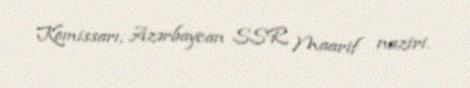
Komissarı, Azərbaycan SSR Maarif naziri.